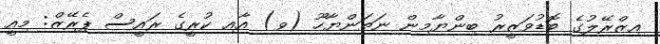
އިޒްރޭލުގެ ބޮޑުވަޒީރު ބިންޔާމިން ނަތަންޔާހޫ (ވ) އާއި ކުރީގެ ރައީސް ޕެރޭޒް: މިއީ